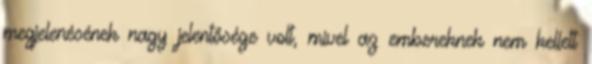
megjelenésének nagy jelentősége volt, mivel az embereknek nem kellett